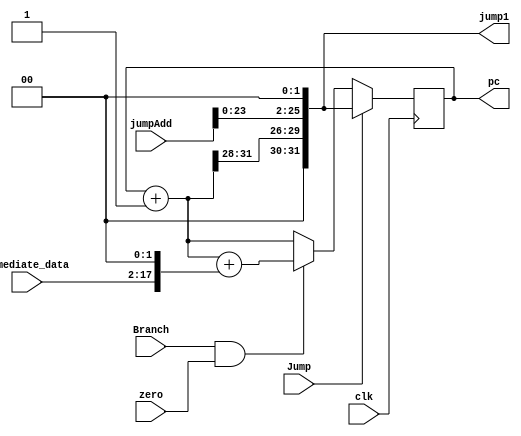
module pc_b(clk, zero, Branch, Jump, immediate_data, jumpAdd, pc, jump1);
input clk; 
input [15:0] immediate_data;
input [25:0] jumpAdd;
input zero, Branch, Jump;
wire [31:0] pc_in, branch_add, branch1, jump2;
wire select_and;
reg [31:0] mux1, npc;
output reg [31:0] pc, jump1;

assign select_and = Branch & zero;
assign pc_in = pc + 1; // porque mi instmem esta en hexadecimal y toda la instruccion esta en una sola linea.
assign branch1 = {16'b0,immediate_data};
assign branch_add = pc_in + (branch1 << 2);
assign jump2 = { pc_in[31:28], (jumpAdd << 2) };


initial begin
	pc = 32'b0;
end

always @(branch_add or pc_in or select_and)
begin
	if ( select_and == 1 ) begin
                mux1 = branch_add;
        end else begin
                mux1 = pc_in;
        end
end

always @(*)
begin	
	jump1 = jump2;
	if ( Jump == 1 ) begin
		npc = jump1;
	end else begin
		npc = mux1;
	end
end

always @ (posedge clk)
begin
	if ( clk == 0 ) begin
		pc = 0;
	end else begin
		pc = npc;
	end
end
endmodule